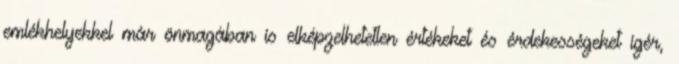
emlékhelyekkel már önmagában is elképzelhetetlen értékeket és érdekességeket ígér,